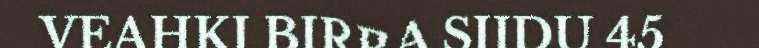
VEAHKI BIRRA SIIDU 45